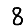
Digit: 8